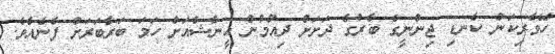
ހޭވެރިކަން ކެނޑި ޖިންނީގެ ބާރުގެ ދަށަށް ދިއުމުން އީނާޝްއަށް ހަމަ ބަރާބަރަށް ފެނެއެވެ.